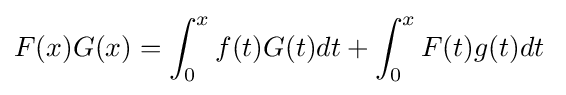
F(x)G(x)=\int _{0}^{x}f(t)G(t)dt+\int _{0}^{x}F(t)g(t)dt\;